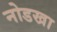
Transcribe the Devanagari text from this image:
नोडखा